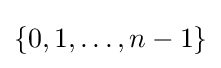
\{0,1,\dots ,n-1\}